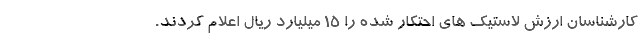
کارشناسان ارزش لاستیک های احتکار شده را ۱۵ میلیارد ریال اعلام کردند.